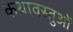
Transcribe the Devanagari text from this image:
कथावस्तुओं